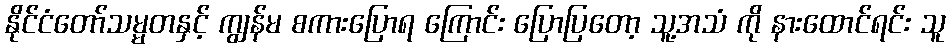
နိုင်ငံတော်သမ္မတနှင့် ကျွန်မ စကားပြောရ ကြောင်း ပြောပြတော့ သူ့အသံ ကို နားထောင်ရင်း သူ